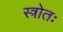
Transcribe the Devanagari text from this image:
स्त्रोतः